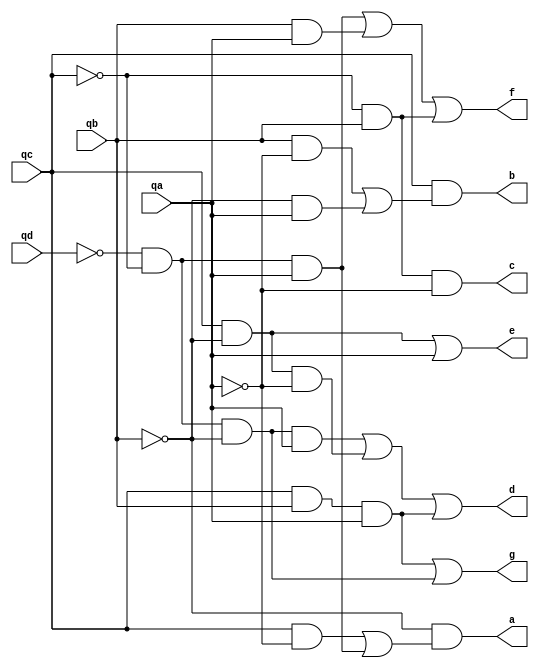
module display7seg(qd, qc, qb, qa, a, b, c, d, e, f, g);
	input qd, qc, qb, qa;
	output a, b, c, d, e, f, g;
	
	
	// QC.QA'
	and(s1, qc, !qa);

	// QD'.QC'.QA
	and(s2, !qd, !qc, qa);
	
	// (QD'.QC'.QA + QC.QA')
	or(s3, s1, s2);
	
	// A = QB'(QD'.QC'.QA + QC.QA')
	and(a, !qb, s3);
	

	
	// QB.QA'
	and(s4, qb, !qa);
	
	// QB'.QA
	and(s5, !qb, qa);
	
	// (QB'.QA + QB.QA')
	or(s6, s4, s5);
	
	// B = QC(QB'.QA + QB.QA')
	and(b, qc, s6);
	
	

	// C = QC'.QB.QA'
	and(c, !qc, qb, !qa);
	
	 
	 
	// QC.QB.QA
	and(s7, qc, qb, qa);
	
	// QC.QB'.QA'
	and(s8, qc, !qb, !qa);
	
	// QD'.QC'.QB'.QA
	and(s9, !qd, !qc, !qb, qa);
	
	// D = QD'.QC'.QB'.QA + QC.QB'.QA' + QC.QB.QA
	or(d, s9, s8, s7);
	
	
		
	// QC.QB'
	and(s10, qc, !qb);
	
	// E = QC.QB' + QA
	or(e, s10, qa);
	

		
	// QD'.QC'.QA
	and(s11, !qd, !qc, qa);
	
	// QB.QA
	and(s12, qb, qa);
	
	// QC'.QB
	and(s13, !qc, qb);
	
	// F = QD'.QC'.QA + QB.QA + QC'.QB
	or(f, s11, s12, s13);
	
	
		
	// QC.QB.QA
	and(s14, qc, qb, qa);
	
	// QD'.QC'.QB'
	and(s15, !qd, !qc, !qb);

	// G = QC.QB.QA. + QD'.QC'.QB'
	or(g, s14, s15);
	
	
endmodule